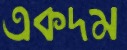
একদম